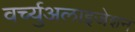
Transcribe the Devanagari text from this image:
वर्च्युअलाइजेशन